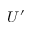
U ^ { \prime }